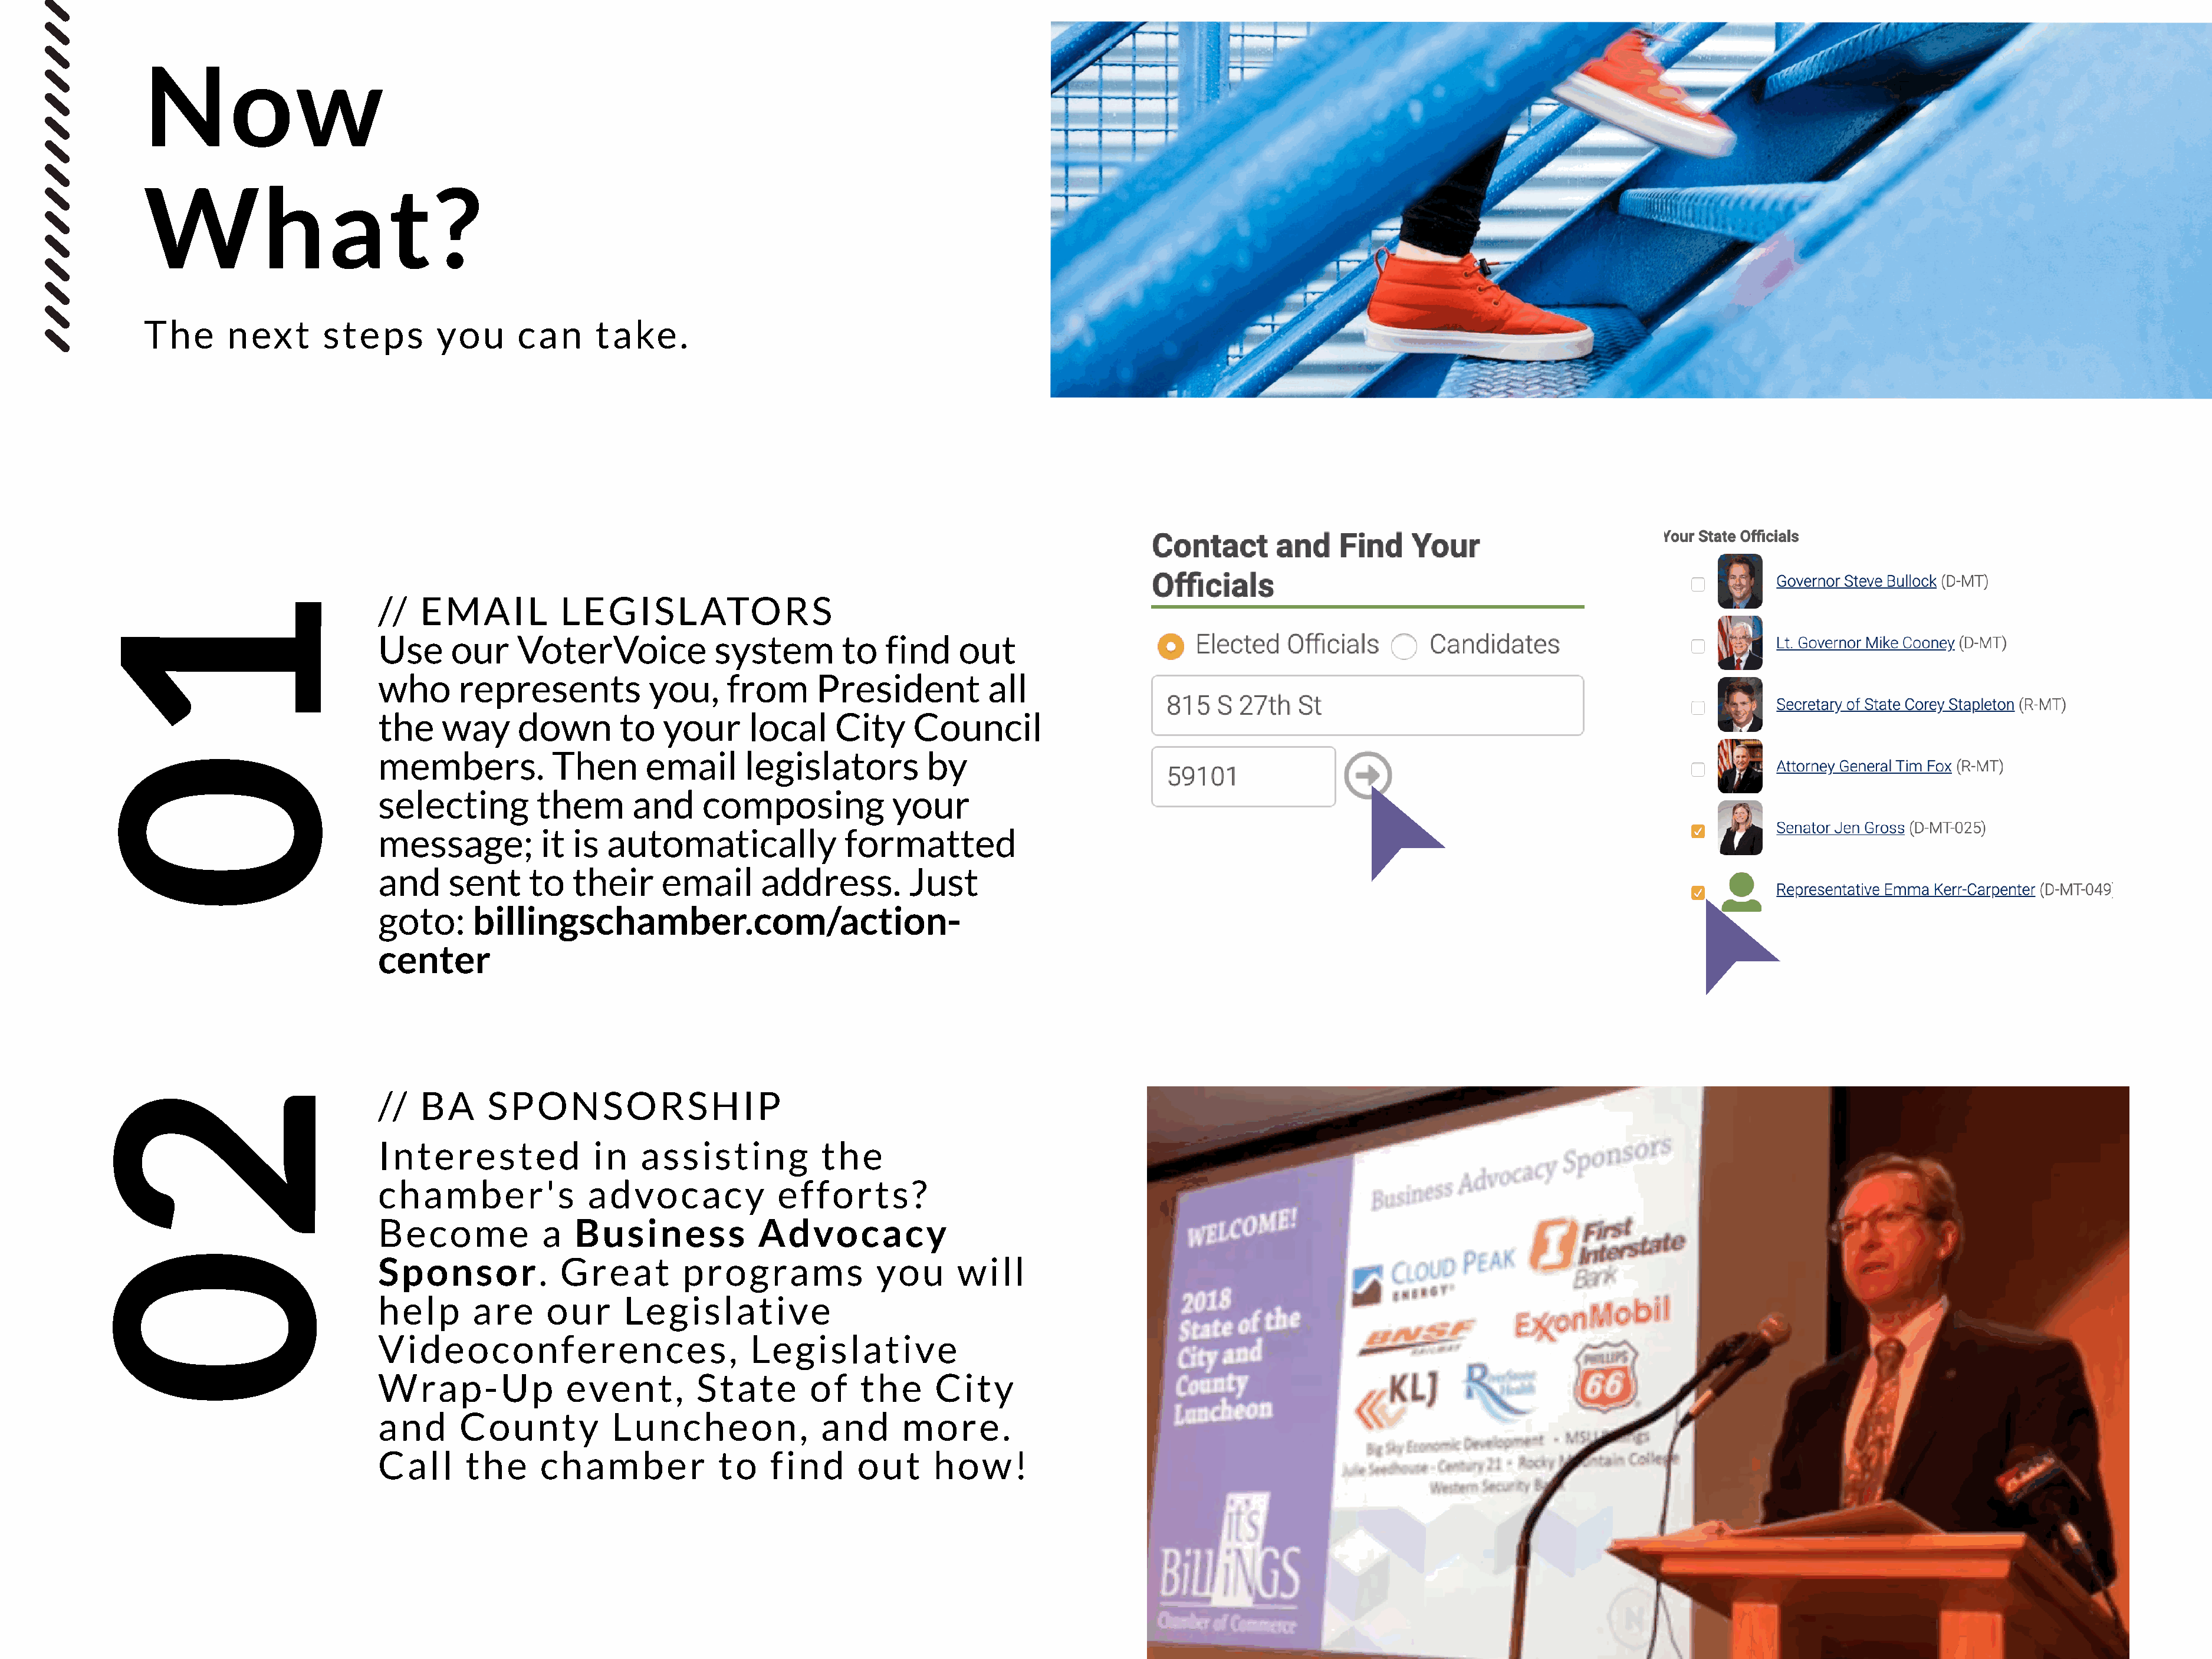
Now
 What?
 The      next       steps        you      can      take.
 1
 //   EMAIL           LEGISLATORS
 Use      our    VoterVoice            system        to   find     out
 who      represents            you,     from      President          all
 the     way     down        to  your      local     City    Council
 0members.                                         Then      email       legislators         by
 selecting         them       and     composing            your
 message;           it is  automatically              formatted
 and     sent     to   their     email      address.         Just
 goto:      billingschamber.com/action-
 center
 2
 //   BA      SPONSORSHIP
 Interested               in   assisting           the
 chamber's               advocacy             efforts?
 Become             a  Business             Advocacy
 0
 Sponsor.             Great         programs             you      will
 help       are     our      Legislative
 Videoconferences,                         Legislative
 Wrap-Up               event,        State        of    the     City
 and       County           Luncheon,              and      more.
 Call      the      chamber             to   find      out      how!